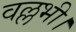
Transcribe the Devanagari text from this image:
वल्लभी।